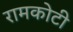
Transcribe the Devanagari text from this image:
रामकोटी